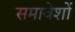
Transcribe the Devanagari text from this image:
समावेशों